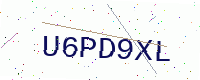
Text: U6PD9XL